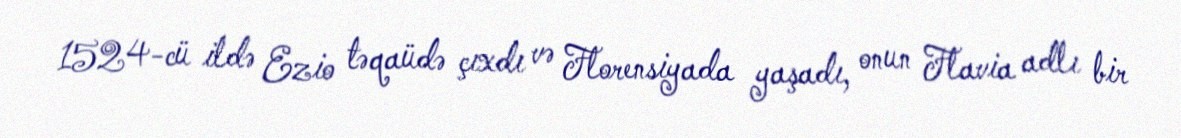
1524-cü ildə Ezio təqaüdə çıxdı və Florensiyada yaşadı, onun Flavia adlı bir